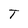
Character: T